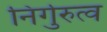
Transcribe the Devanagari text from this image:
निर्गुरुत्व